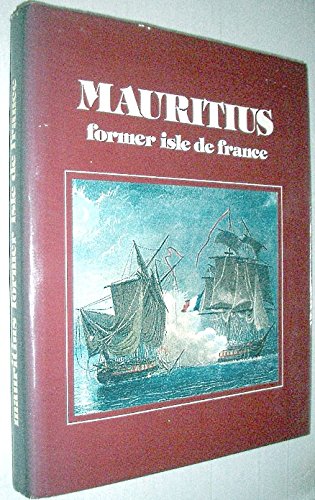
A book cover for Mauritius: Former isle de France; Philippe Lenoir; Travel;